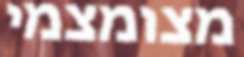
מצומצמי